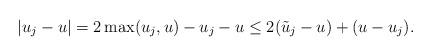
LaTeX: \begin{align*} |u_j-u| = 2 \max(u_j,u) -u_j-u \leq 2(\tilde{u}_j-u) +(u-u_j). \end{align*}